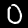
Label: 0